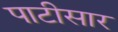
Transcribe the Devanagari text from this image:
पाटीसार